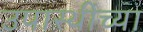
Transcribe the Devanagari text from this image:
उपास्थींच्या